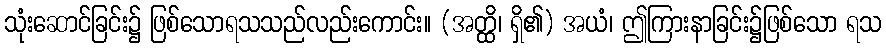
သုံးဆောင်ခြင်း၌ ဖြစ်သောရသသည်လည်းကောင်း။ (အတ္ထိ၊ ရှိ၏) အယံ၊ ဤကြားနာခြင်း၌ဖြစ်သော ရသ